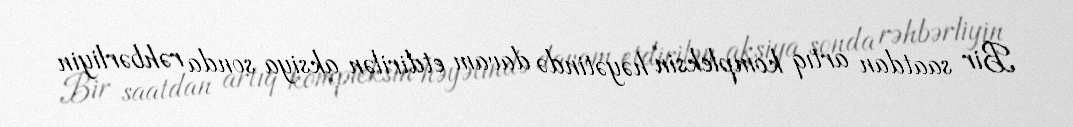
Bir saatdan artıq kompleksin həyətində davam etdirilən aksiya sonda rəhbərliyin